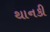
થાનકી